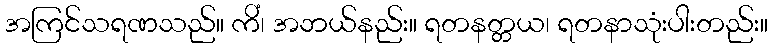
အကြင်သရဏသည်။ ကိံ၊ အဘယ်နည်း။ ရတနတ္တယ၊ ရတနာသုံးပါးတည်း။